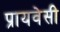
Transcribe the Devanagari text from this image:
प्रायवेसी